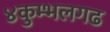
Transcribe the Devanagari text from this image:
४कुम्भलगढ